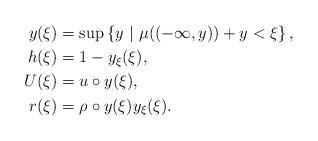
LaTeX: \begin{align*}y(\xi)&=\sup\left\{y\ |\ \mu((-\infty,y))+y<\xi\right\},\\h(\xi)&=1-y_\xi(\xi),\\U(\xi)&=u\circ{y(\xi)},\\r(\xi)&=\rho\circ{y(\xi)}y_\xi(\xi).\end{align*}